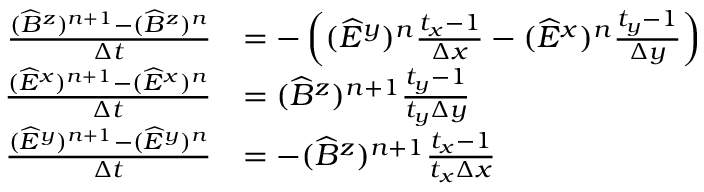
\begin{array} { r l } { \frac { ( \widehat B ^ { z } ) ^ { n + 1 } - ( \widehat B ^ { z } ) ^ { n } } { \Delta t } } & { = - \left( ( \widehat E ^ { y } ) ^ { n } \frac { t _ { x } - 1 } { \Delta x } - ( \widehat E ^ { x } ) ^ { n } \frac { t _ { y } - 1 } { \Delta y } \right) } \\ { \frac { ( \widehat E ^ { x } ) ^ { n + 1 } - ( \widehat E ^ { x } ) ^ { n } } { \Delta t } } & { = ( \widehat B ^ { z } ) ^ { n + 1 } \frac { t _ { y } - 1 } { t _ { y } \Delta y } } \\ { \frac { ( \widehat E ^ { y } ) ^ { n + 1 } - ( \widehat E ^ { y } ) ^ { n } } { \Delta t } } & { = - ( \widehat B ^ { z } ) ^ { n + 1 } \frac { t _ { x } - 1 } { t _ { x } \Delta x } } \end{array}